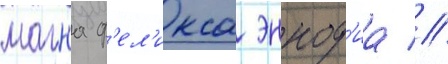
магна ф'ел'икса эннод'иа //